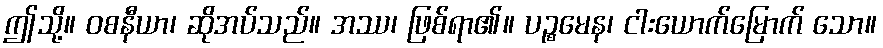
ဤသို့။ ဝစနီယာ၊ ဆိုအပ်သည်။ အဿ၊ ဖြစ်ရာ၏။ ပဉ္စမေန၊ ငါးယောက်မြောက် သော။